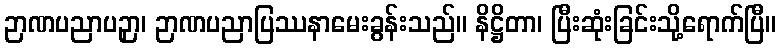
ဉာဏပညာပဉှာ၊ ဉာဏပညာပြဿနာမေးခွန်းသည်။ နိဋ္ဌိတာ၊ ပြီးဆုံးခြင်းသို့ရောက်ပြီ။